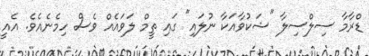
ޑްރާމާ ސިލްސިލާ "ޝަކުވާއަކާ ނުލައި" ގައި ތީމް ލަވައެއް ވެސް ހިމެނެއެވެ. އެއީ